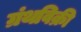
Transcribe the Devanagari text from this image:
ग्रंथविक्री